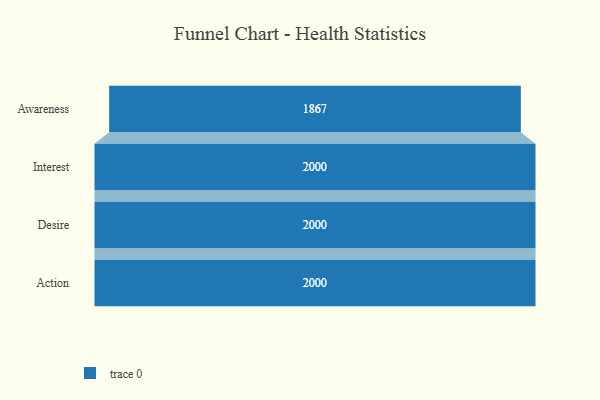
{"axis": {"x": "Stage", "y": "Value"}, "legend": [""], "data": [{"x": "Awareness", "y": 1867.0, "type": ""}, {"x": "Interest", "y": 2000, "type": ""}, {"x": "Desire", "y": 2000, "type": ""}, {"x": "Action", "y": 2000, "type": ""}]}